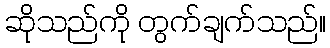
ဆိုသည်ကို တွက်ချက်သည်။